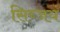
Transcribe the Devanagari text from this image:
सिब्जयं